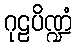
ဂုဠပိဏ္ဍံ